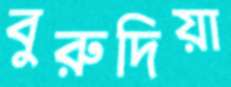
বুরুদিয়া